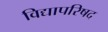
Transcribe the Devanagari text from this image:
विद्यापरिषद